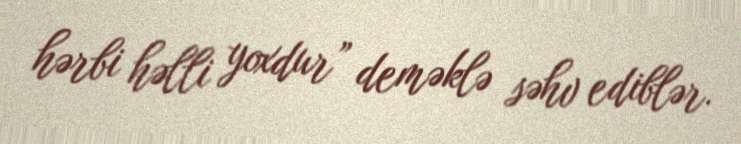
hərbi həlli yoxdur” deməklə səhv ediblər.